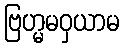
ဗြဟ္မမဝှယာမ